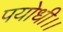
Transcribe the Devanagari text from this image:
पयोधी।।